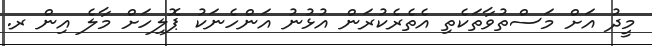
މީދު އަށް މަސްތުވާތަކެތި އެތެރެކުރަން އުޅުނު އަންހެނަކު ޕޮލިހަށް މާލެ އިން ރ.